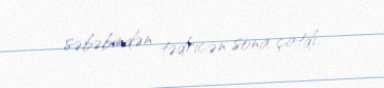
səbəbindən tədricən sona çatdı.